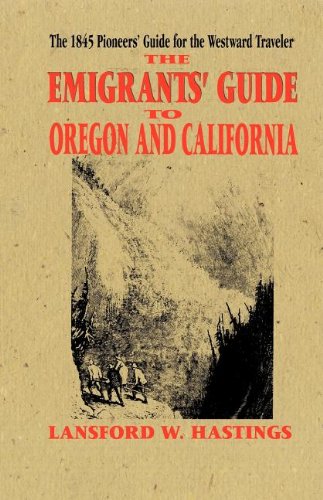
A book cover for Emigrants Guide to Oregon & California; Lansford Hastings; Travel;